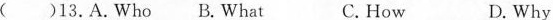
()13.A.Who B.What C. How D.Why